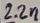
Text: 2.2n